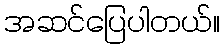
အဆင်ပြေပါတယ်။